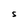
Character: S